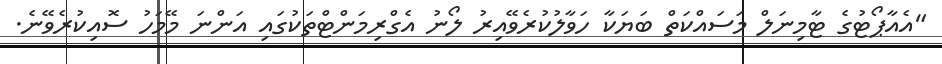
"އެއާޕޯޓުގެ ޓާމިނަލް މަސައްކަތް ބަޔަކާ ހަވާލުކުރެވޭއިރު ލޯނު އެގްރިމަންޓްތަކުގައި އަންނަ މޭމަހު ސޮއިކުރެވޭނެ.